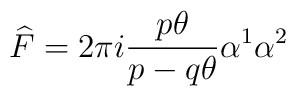
\widehat{F}=2\pi i\frac{p\theta }{p-q\theta }\alpha ^{1}\alpha ^{2}